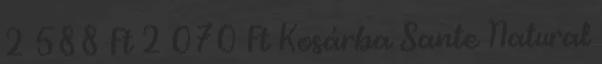
2 588 Ft 2 070 Ft Kosárba Sante Natural